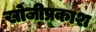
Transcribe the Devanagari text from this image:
खोजीप्रकाश